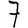
Digit: 7